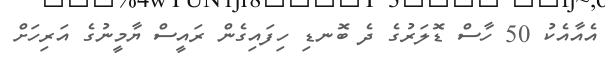
އެއާއެކު 50 ހާސް ޑޮލަރުގެ ދެ ބޮނޑި ހިފައިގެން ރައީސް ޔާމީނުގެ އަރިހަށް